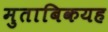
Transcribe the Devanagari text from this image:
मुताबिकयह